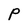
Character: P